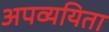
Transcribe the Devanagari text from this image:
अपव्ययिता